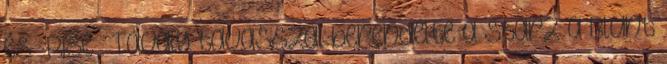
és „Rise”. Tavaly tavasszal berendelte a Starz a Blunt